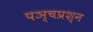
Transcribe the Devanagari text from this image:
पञ्चप्रश्न